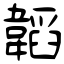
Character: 韜